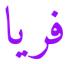
فريا